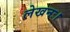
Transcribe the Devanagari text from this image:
लेखनः।